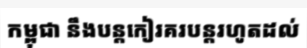
កម្ពុជា នឹងបន្តកៀរគរបន្តរហូតដល់